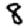
Digit: 8